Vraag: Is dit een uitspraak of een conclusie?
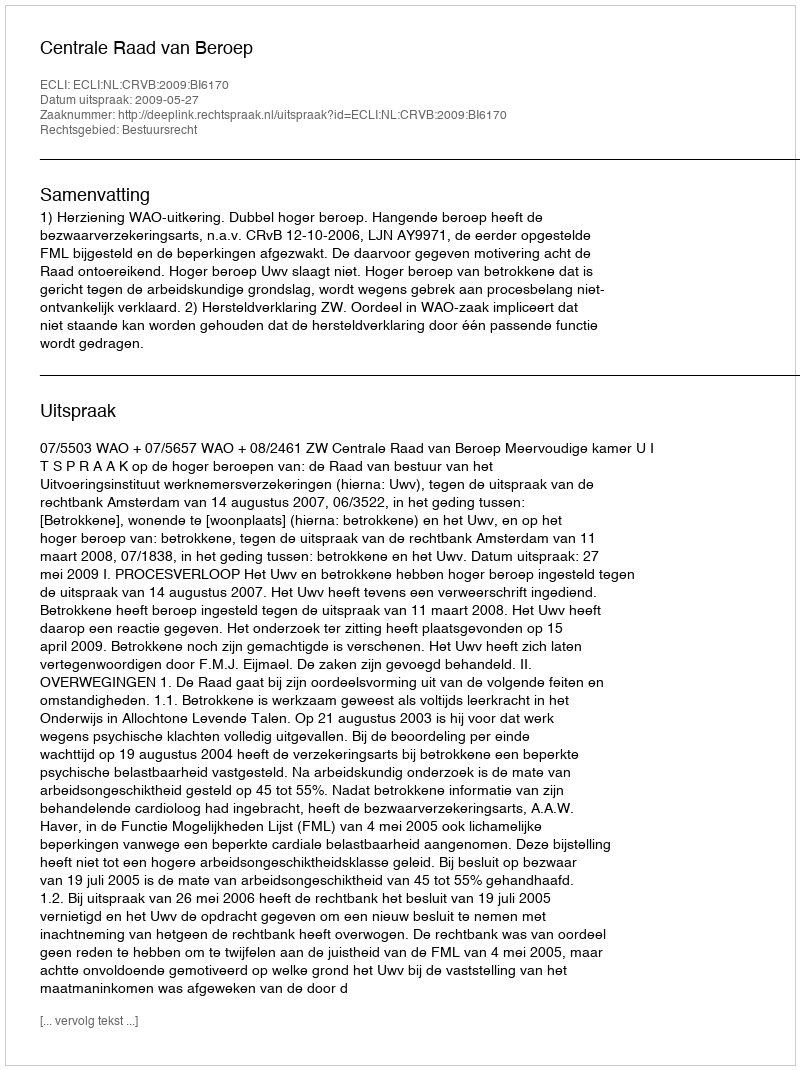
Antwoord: Uitspraak